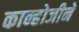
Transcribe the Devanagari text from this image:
कान्होजीने